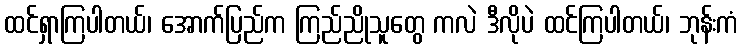
ထင်ရှာကြပါတယ်၊ အောက်ပြည်က ကြည်ညိုသူတွေ ကလဲ ဒီလိုပဲ ထင်ကြပါတယ်၊ ဘုန်းကံ